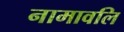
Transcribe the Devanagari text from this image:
नामावलि